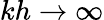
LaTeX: kh\rightarrow\infty